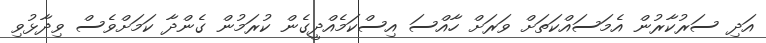
އަދި ސަރުކާރުން އެމަސައްކަތަށް ވަރަށް ހާއްސަ އިސްކަމެއްދީގެން ކުރަމުން ގެންދާ ކަމަށްވެސް ވިދާޅުވި